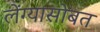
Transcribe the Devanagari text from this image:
लेंग्यासोबत